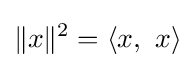
\|x\|^{2}=\langle x,\ x\rangle